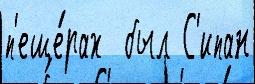
п'еще́рах  был С'ипан